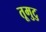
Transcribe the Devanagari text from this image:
तूमुटु